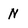
Character: N